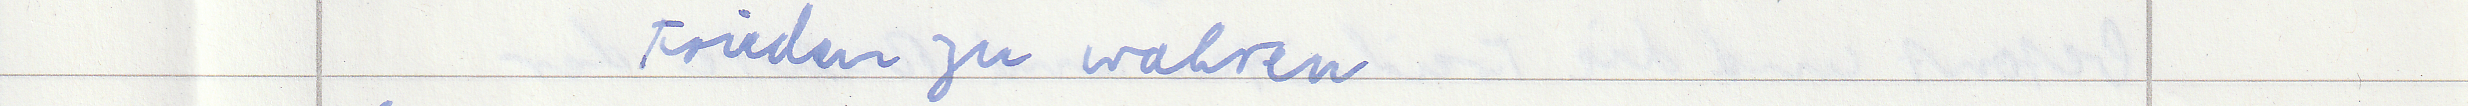
Frieden zu wahren